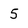
Character: 5